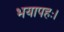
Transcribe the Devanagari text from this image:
भयापहः।